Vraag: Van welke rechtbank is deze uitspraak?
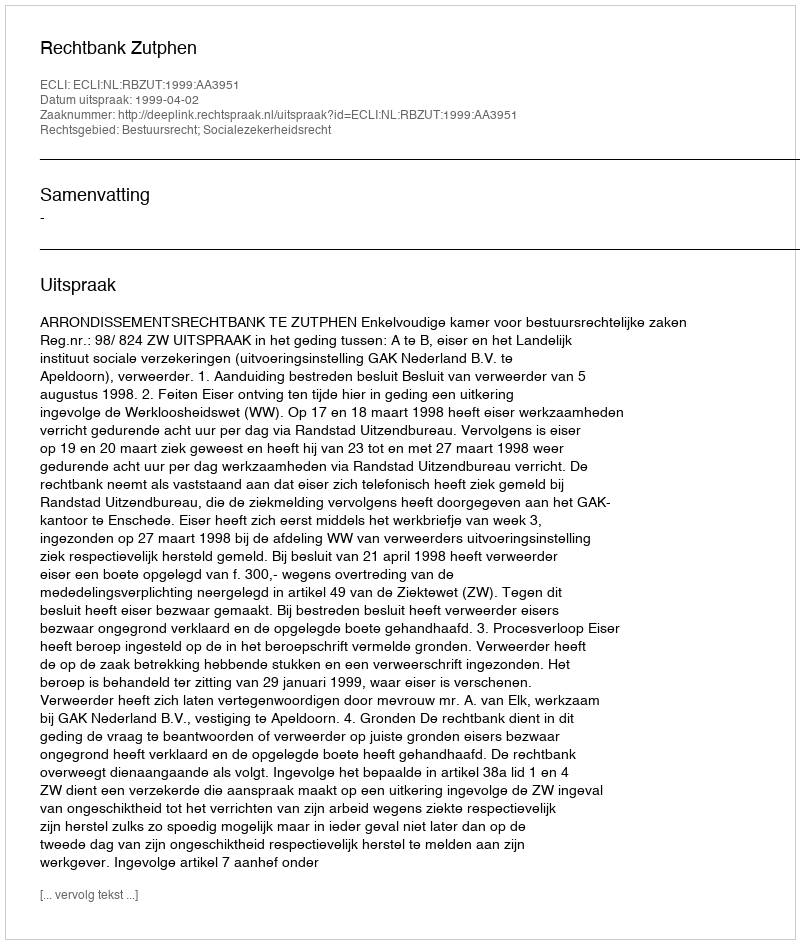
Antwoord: Rechtbank Zutphen